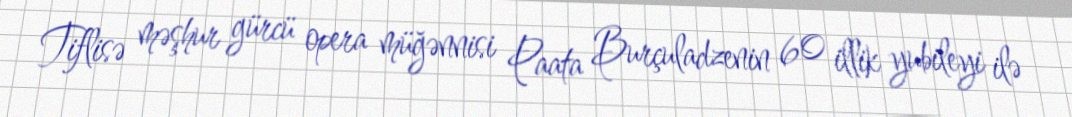
Tiflisə məşhur gürcü opera müğənnisi Paata Burçuladzenin 60 illik yubileyi ilə